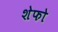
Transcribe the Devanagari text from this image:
शेफो